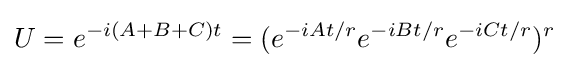
U=e^{-i(A+B+C)t}=(e^{-iAt/r}e^{-iBt/r}e^{-iCt/r})^{r}